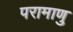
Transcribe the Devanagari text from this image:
परामाणु